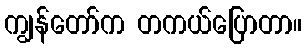
ကျွန်တော်က တကယ်ပြောတာ။